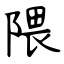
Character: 隈